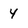
Character: 4